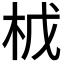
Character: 𭩤